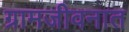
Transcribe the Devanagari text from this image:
ग्रामजीवनात